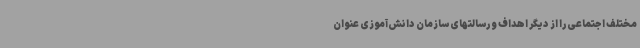
مختلف اجتماعی را از دیگر اهداف و رسالتهای سازمان دانش‌آموزی عنوان